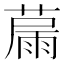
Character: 𦸢